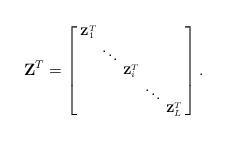
LaTeX: \begin{align*}\mathbf{Z}^T=\begin{bmatrix}\begin{smallmatrix}\mathbf{Z}^T_1 & & & &\\ & \ddots & & &\\ & &\mathbf{Z}^T_i & &\\ & & &\ddots &\\ & & & &\mathbf{Z}^T_L \\\end{smallmatrix}\end{bmatrix}.\end{align*}